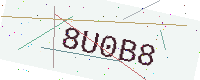
Text: 8U0B8